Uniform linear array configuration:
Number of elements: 24
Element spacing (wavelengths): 0.75
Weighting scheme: exponential
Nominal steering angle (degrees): -45
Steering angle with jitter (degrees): -44.5
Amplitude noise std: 0.05
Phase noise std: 0.05

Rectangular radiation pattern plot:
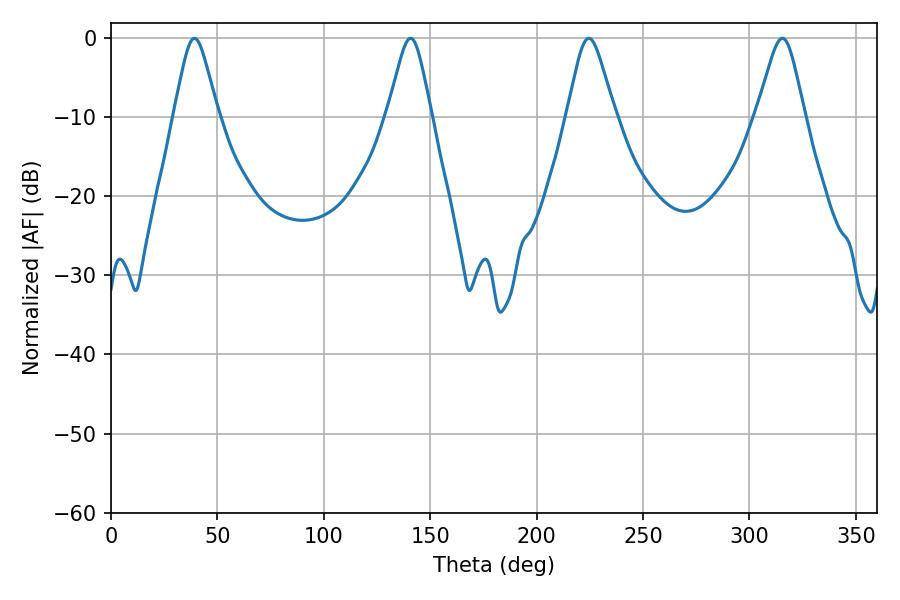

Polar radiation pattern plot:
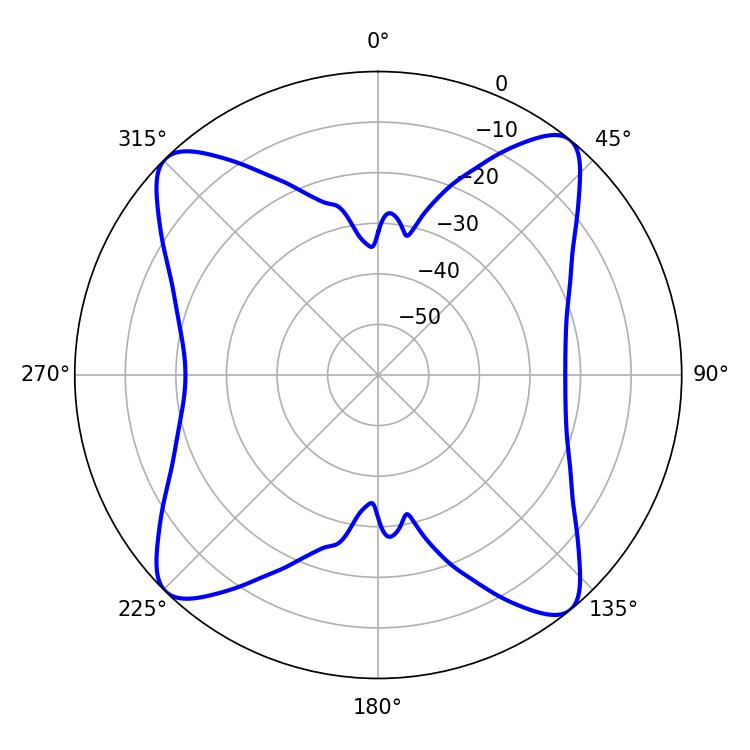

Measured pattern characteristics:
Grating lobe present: TRUE
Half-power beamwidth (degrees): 9.9
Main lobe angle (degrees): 39.24